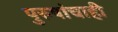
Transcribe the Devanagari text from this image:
पुरुषांचाही